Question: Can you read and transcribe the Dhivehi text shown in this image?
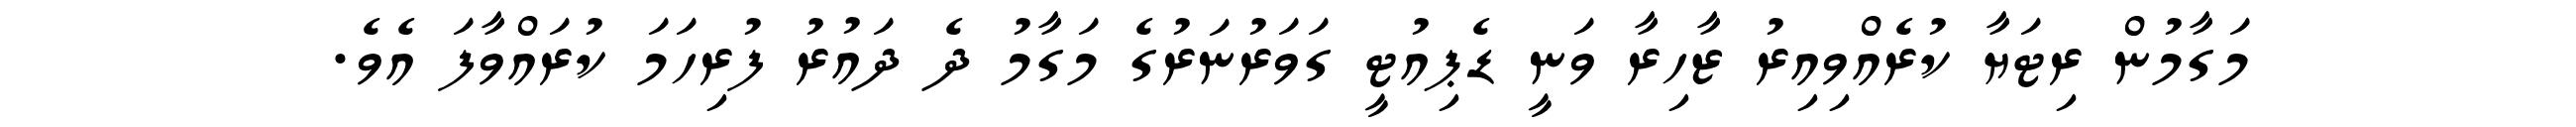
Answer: މަގާމުން ރިޓަޔާ ކުރެއްވިއިރު ޒާހިރާ ވަނީ ޑެޕިއުޓީ ގަވަރުނަރުގެ މަގާމު ދެ ދައުރު ފުރިހަމަ ކުރައްވާފަ އެވެ.